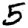
Digit: 5